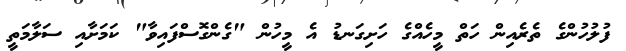
ފުލުހުންގެ ތެރެއިން ހަތް މީހެއްގެ ހަށިގަނޑު އެ މީހުން "ގެންގޮސްފައިވާ" ކަމަށާއި ސަލާމަތީ